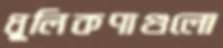
ধূলিকণাগুলো